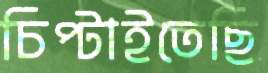
চিপ্‌টাইতেছি